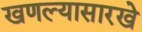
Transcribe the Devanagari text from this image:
खणल्यासारखे